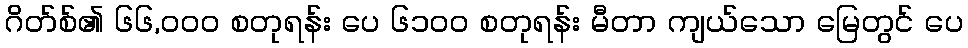
ဂိတ်စ်၏ ၆၆,၀၀၀ စတုရန်း ပေ ၆၁၀၀ စတုရန်း မီတာ ကျယ်သော မြေတွင် ပေ